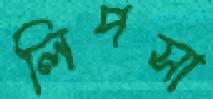
লিপসা